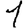
Digit: 1